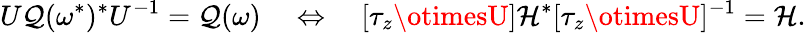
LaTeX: U\mathcal{Q}(\omega^{*})^{*}U^{-1}=\mathcal{Q}(\omega)\quad\Leftrightarrow\quad[\tau_{z}\otimesU]\mathcal{{H}}^{*}[\tau_{z}\otimesU]^{-1}=\mathcal{{H}}.